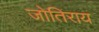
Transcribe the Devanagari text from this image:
जोतिराय